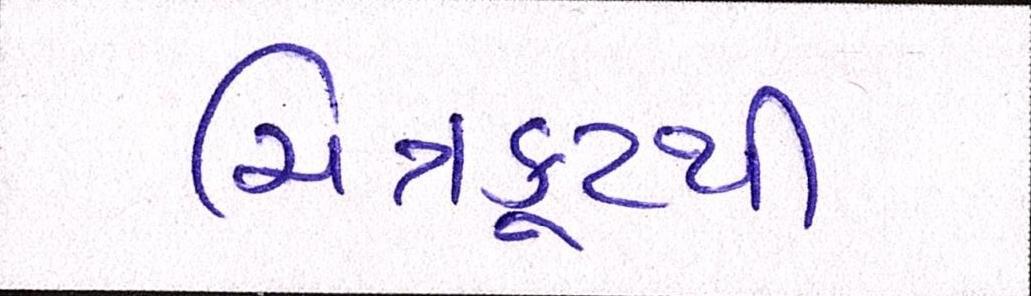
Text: ચિત્રકૂટથી